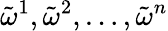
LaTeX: {\tilde{\omega}}^{1},{\tilde{\omega}}^{2},\dots,{\tilde{\omega}}^{n}